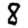
Digit: 8